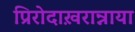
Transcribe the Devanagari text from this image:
प्रिरोदाख़रान्नाया